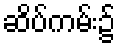
ဆိပ်ကမ်း၌